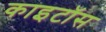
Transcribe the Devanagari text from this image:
काइटॉस